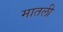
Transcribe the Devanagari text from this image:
मातली